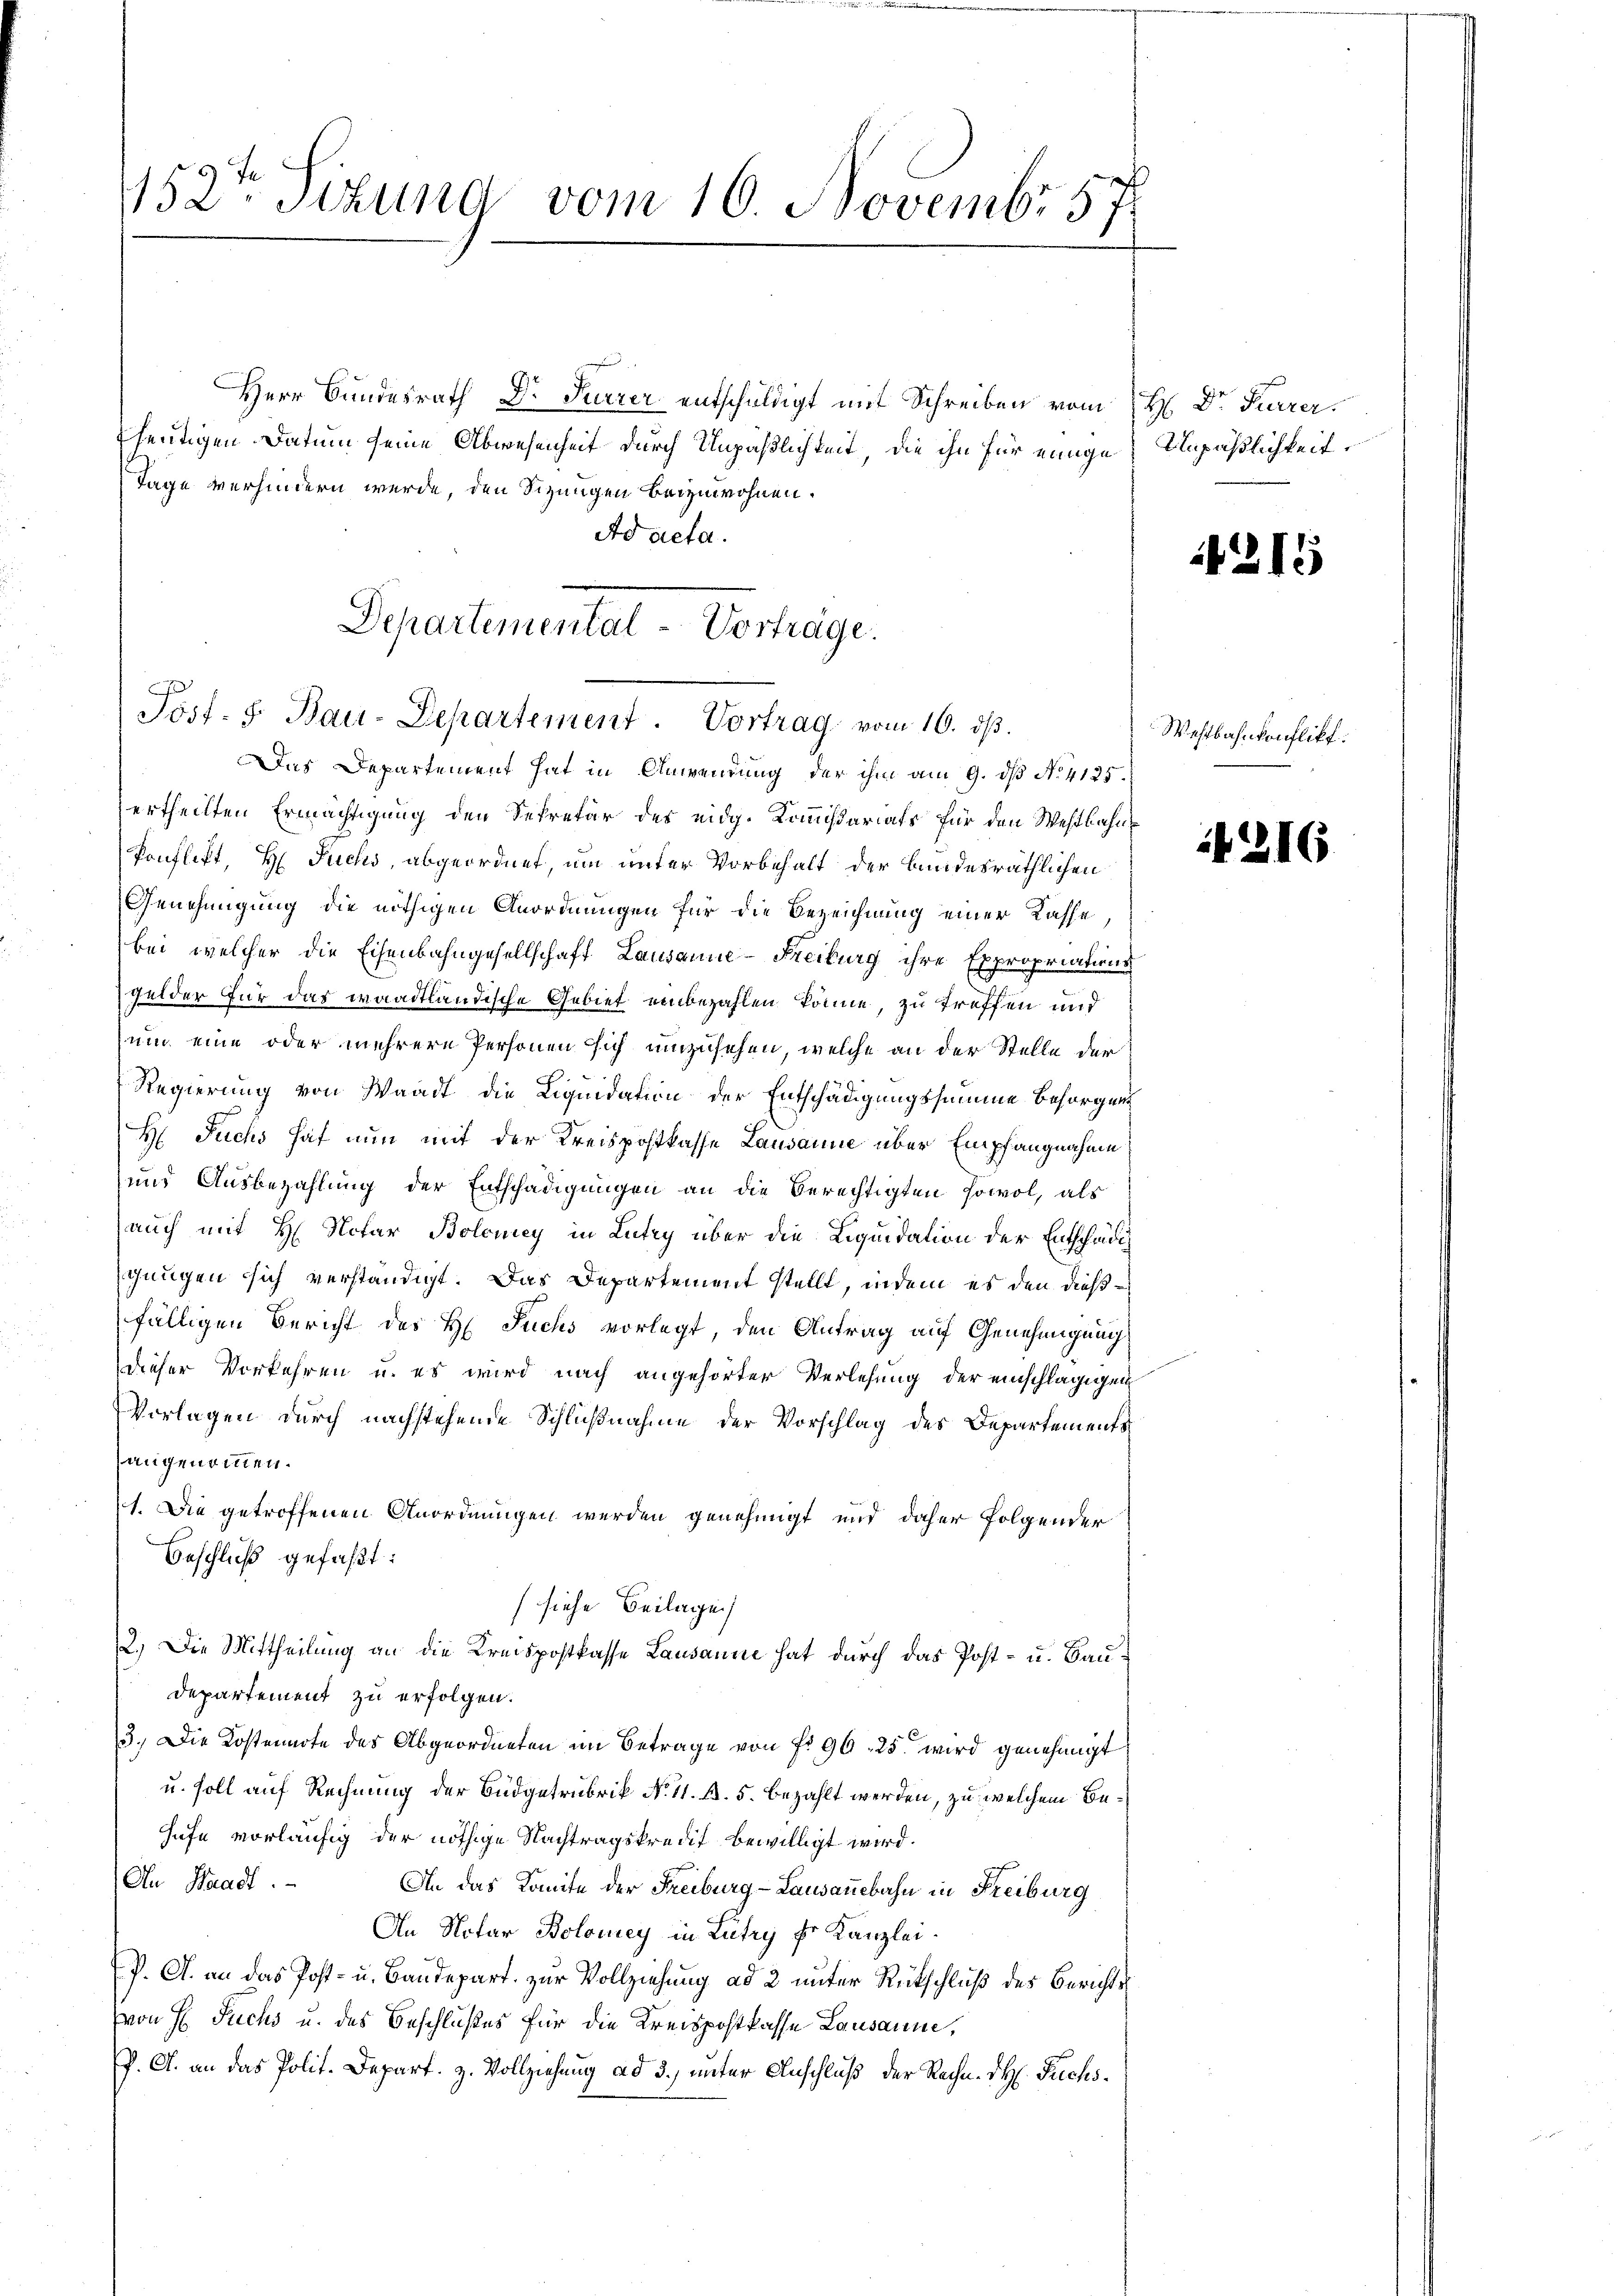
152te Sitzung vom 10. Novembr 57

Herr Bundesrath Dr Furrer entschuldigt mit Schreiben vom H. Dr. Furrer.
heutigen Datum seine Abwesenheit durch Unpäßlichkeit, die ihn für einige Unpäßlichkeit
Tage verhindern wurde, den Sitzungen beizuwohnen.
Ad acta.
Departemental-Vorträge.

c
Jöst. J. Bau-Departement. Vortrag vom 10. ds.

Das Departement hat in Anwendung der ihm am 9. dβ No 4125.
ertheilten Ermächtigung den Sekretär des eidg. Kommißariats für den Westbahn¬
Ponflikt, H. Fuchs, abgeordnet, um unter Vorbehalt der bundesräthlichen
Genehmigung die nöthigen Anordnungen für die Bezeichnung einer Kasse
bei, welcher die Eisenbahngesellschaft Lausanne-Freiburg ihre Expropriations
gelder für das waadtländische Gebiet einbezahlen könne, zu treffen und
um eine oder mehrere Personen sich umzusehen, welche an der Stelle der
Regierung von Waadt die Liquidation der Entschädigungssumme Besorgen
H Fuchs hat nun mit der Kreispostkasse Lausanne über Empfangnahme
und Ausbezahlung der Entschädigungen an die Berechtigten sowol, als
auch mit H. Notar Boloney in Lutzy über die Liquidation der Entschädischungen sich verständigt. Das Departement stellt, indem es den dießfälligen Bericht des H. Fuchs vorlegt, den Antrag auf Genehmigung
dieser Vorkehren u. es wird nach angehörter Verlesung der einschlägigen
Vorlagen durch nachstehende Schlußnahme der Vorschlag des Departements
augenommen.
1. Die getroffenen Anordnungen werden genehmigt und daher folgender
Beschluß gefaßt:
(siehe Beilage
2.) Die Mittheilung an die Kreispostkasse Lausanne hat durch das Post- u. Bau¬
Departement zu erfolgen.
3.) Die Kostenarte des Abgeordneten im Betrage von fr. 96. 25. wird genehmigt
u. soll auf Rechnung der Budgetrubrik No 11. d. 5. bezahlt werden, zu welchem Be¬
Hufe vorläufig der nöthige Nachtragskredit bewilligt wird.
An Waadt
An das Komite der Freiburg - Landanebahn in Freiburg
An Notar Bolomey in Lutry Fr. Kanzlei.
P. G. an das Post- u. Baudepart zur Vollziehung ad 2 unter Rütschluß des Berichtsvon E. Suchs u. des Beschlußes für die Kreispostkasse Lausanne,
P. O. an das Polit. Depart. H. Vollziehung ad 3., unter Anschluß der Rechn. H. Fuchs¬

2

1

Wehrbahnkonflikt:

1216